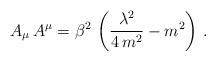
LaTeX: \begin{align*}A_{\mu}\,A^{\mu} = \beta^{2}\,\left( \frac{\lambda^2}{4\,m^2} - m^2\right)\,. \end{align*}